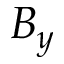
B _ { y }